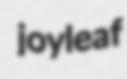
joyleaf